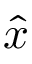
\hat { x }